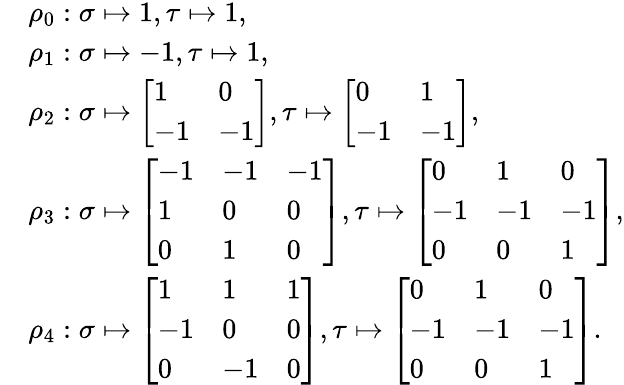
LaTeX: \begin{array}{rl}&{\rho_{0}:\sigma\mapsto 1,\tau\mapsto 1,}\\ &{\rho_{1}:\sigma\mapsto-1,\tau\mapsto 1,}\\ &{\rho_{2}:\sigma\mapsto\left[\begin{array}{ll}{1}&{0}\\ {-1}&{-1}\end{array}\right],\tau\mapsto\left[\begin{array}{ll}{0}&{1}\\ {-1}&{-1}\end{array}\right],}\\ &{\rho_{3}:\sigma\mapsto\left[\begin{array}{lll}{-1}&{-1}&{-1}\\ {1}&{0}&{0}\\ {0}&{1}&{0}\end{array}\right],\tau\mapsto\left[\begin{array}{lll}{0}&{1}&{0}\\ {-1}&{-1}&{-1}\\ {0}&{0}&{1}\end{array}\right],}\\ &{\rho_{4}:\sigma\mapsto\left[\begin{array}{lll}{1}&{1}&{1}\\ {-1}&{0}&{0}\\ {0}&{-1}&{0}\end{array}\right],\tau\mapsto\left[\begin{array}{lll}{0}&{1}&{0}\\ {-1}&{-1}&{-1}\\ {0}&{0}&{1}\end{array}\right].}\end{array}